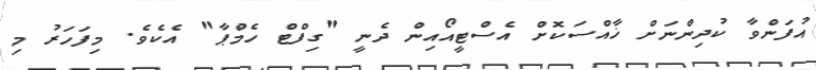
އުފަންވާ ކުދިންނަށް ޚާއްސަކޮށް އެސްޓީއޯއިން ދެނީ "ގިފްޓް ހެމްޕާ" އެކެވެ. މިފަހަރު މި